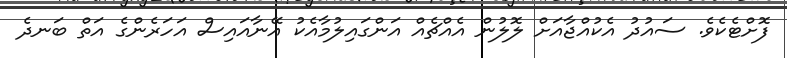
ފޮށްޓެކެވެ. ސައުދު އެކުއްޖާއަށް ލޮލުން އެއްޗެއް އަންގައިލުމާއެކު އޭނާއައިސް އަހަރެންގެ އަތް ބަނދެ